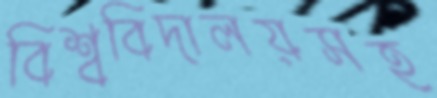
বিশ্ববিদালয়সহ